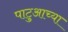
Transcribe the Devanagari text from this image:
पाटुआच्या